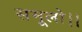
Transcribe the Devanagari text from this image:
समूलो।।